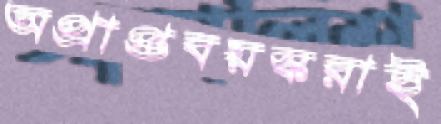
অপ্রাপ্তবয়স্করাই